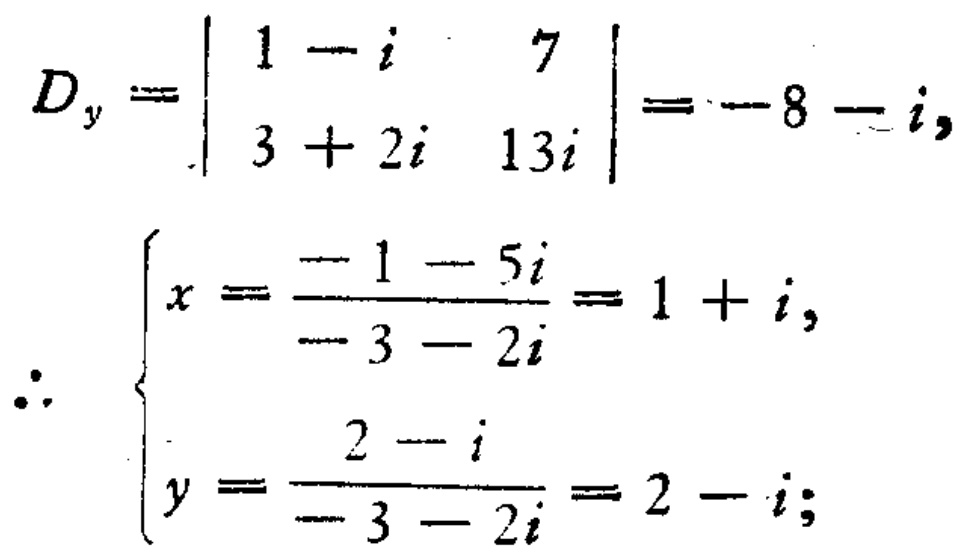
\[
\begin{align*}
D_y&=\begin{vmatrix}
1 - i&7\\
3 + 2i&13i
\end{vmatrix}=-8 - i,\\
\therefore \begin{cases}
x=\frac{-1 - 5i}{-3 - 2i}=1 + i,\\
y=\frac{2 - i}{-3 - 2i}=2 - i;
\end{cases}
\end{align*}
\]